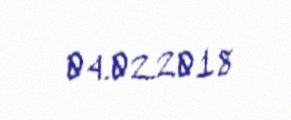
04.02.2018